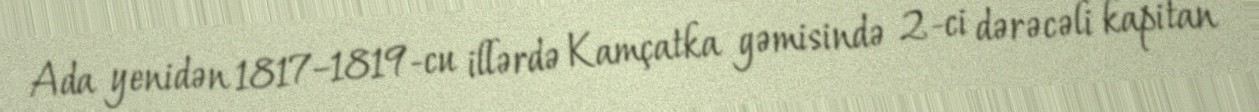
Ada yenidən 1817–1819-cu illərdə Kamçatka gəmisində 2-ci dərəcəli kapitan